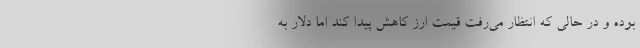
بوده و در حالی که انتظار می‌رفت قیمت ارز کاهش پیدا کند اما دلار به